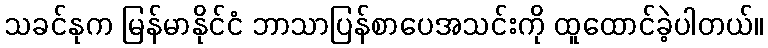
သခင်နုက မြန်မာနိုင်ငံ ဘာသာပြန်စာပေအသင်းကို ထူထောင်ခဲ့ပါတယ်။